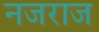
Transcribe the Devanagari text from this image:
नजराज